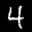
Label: 4